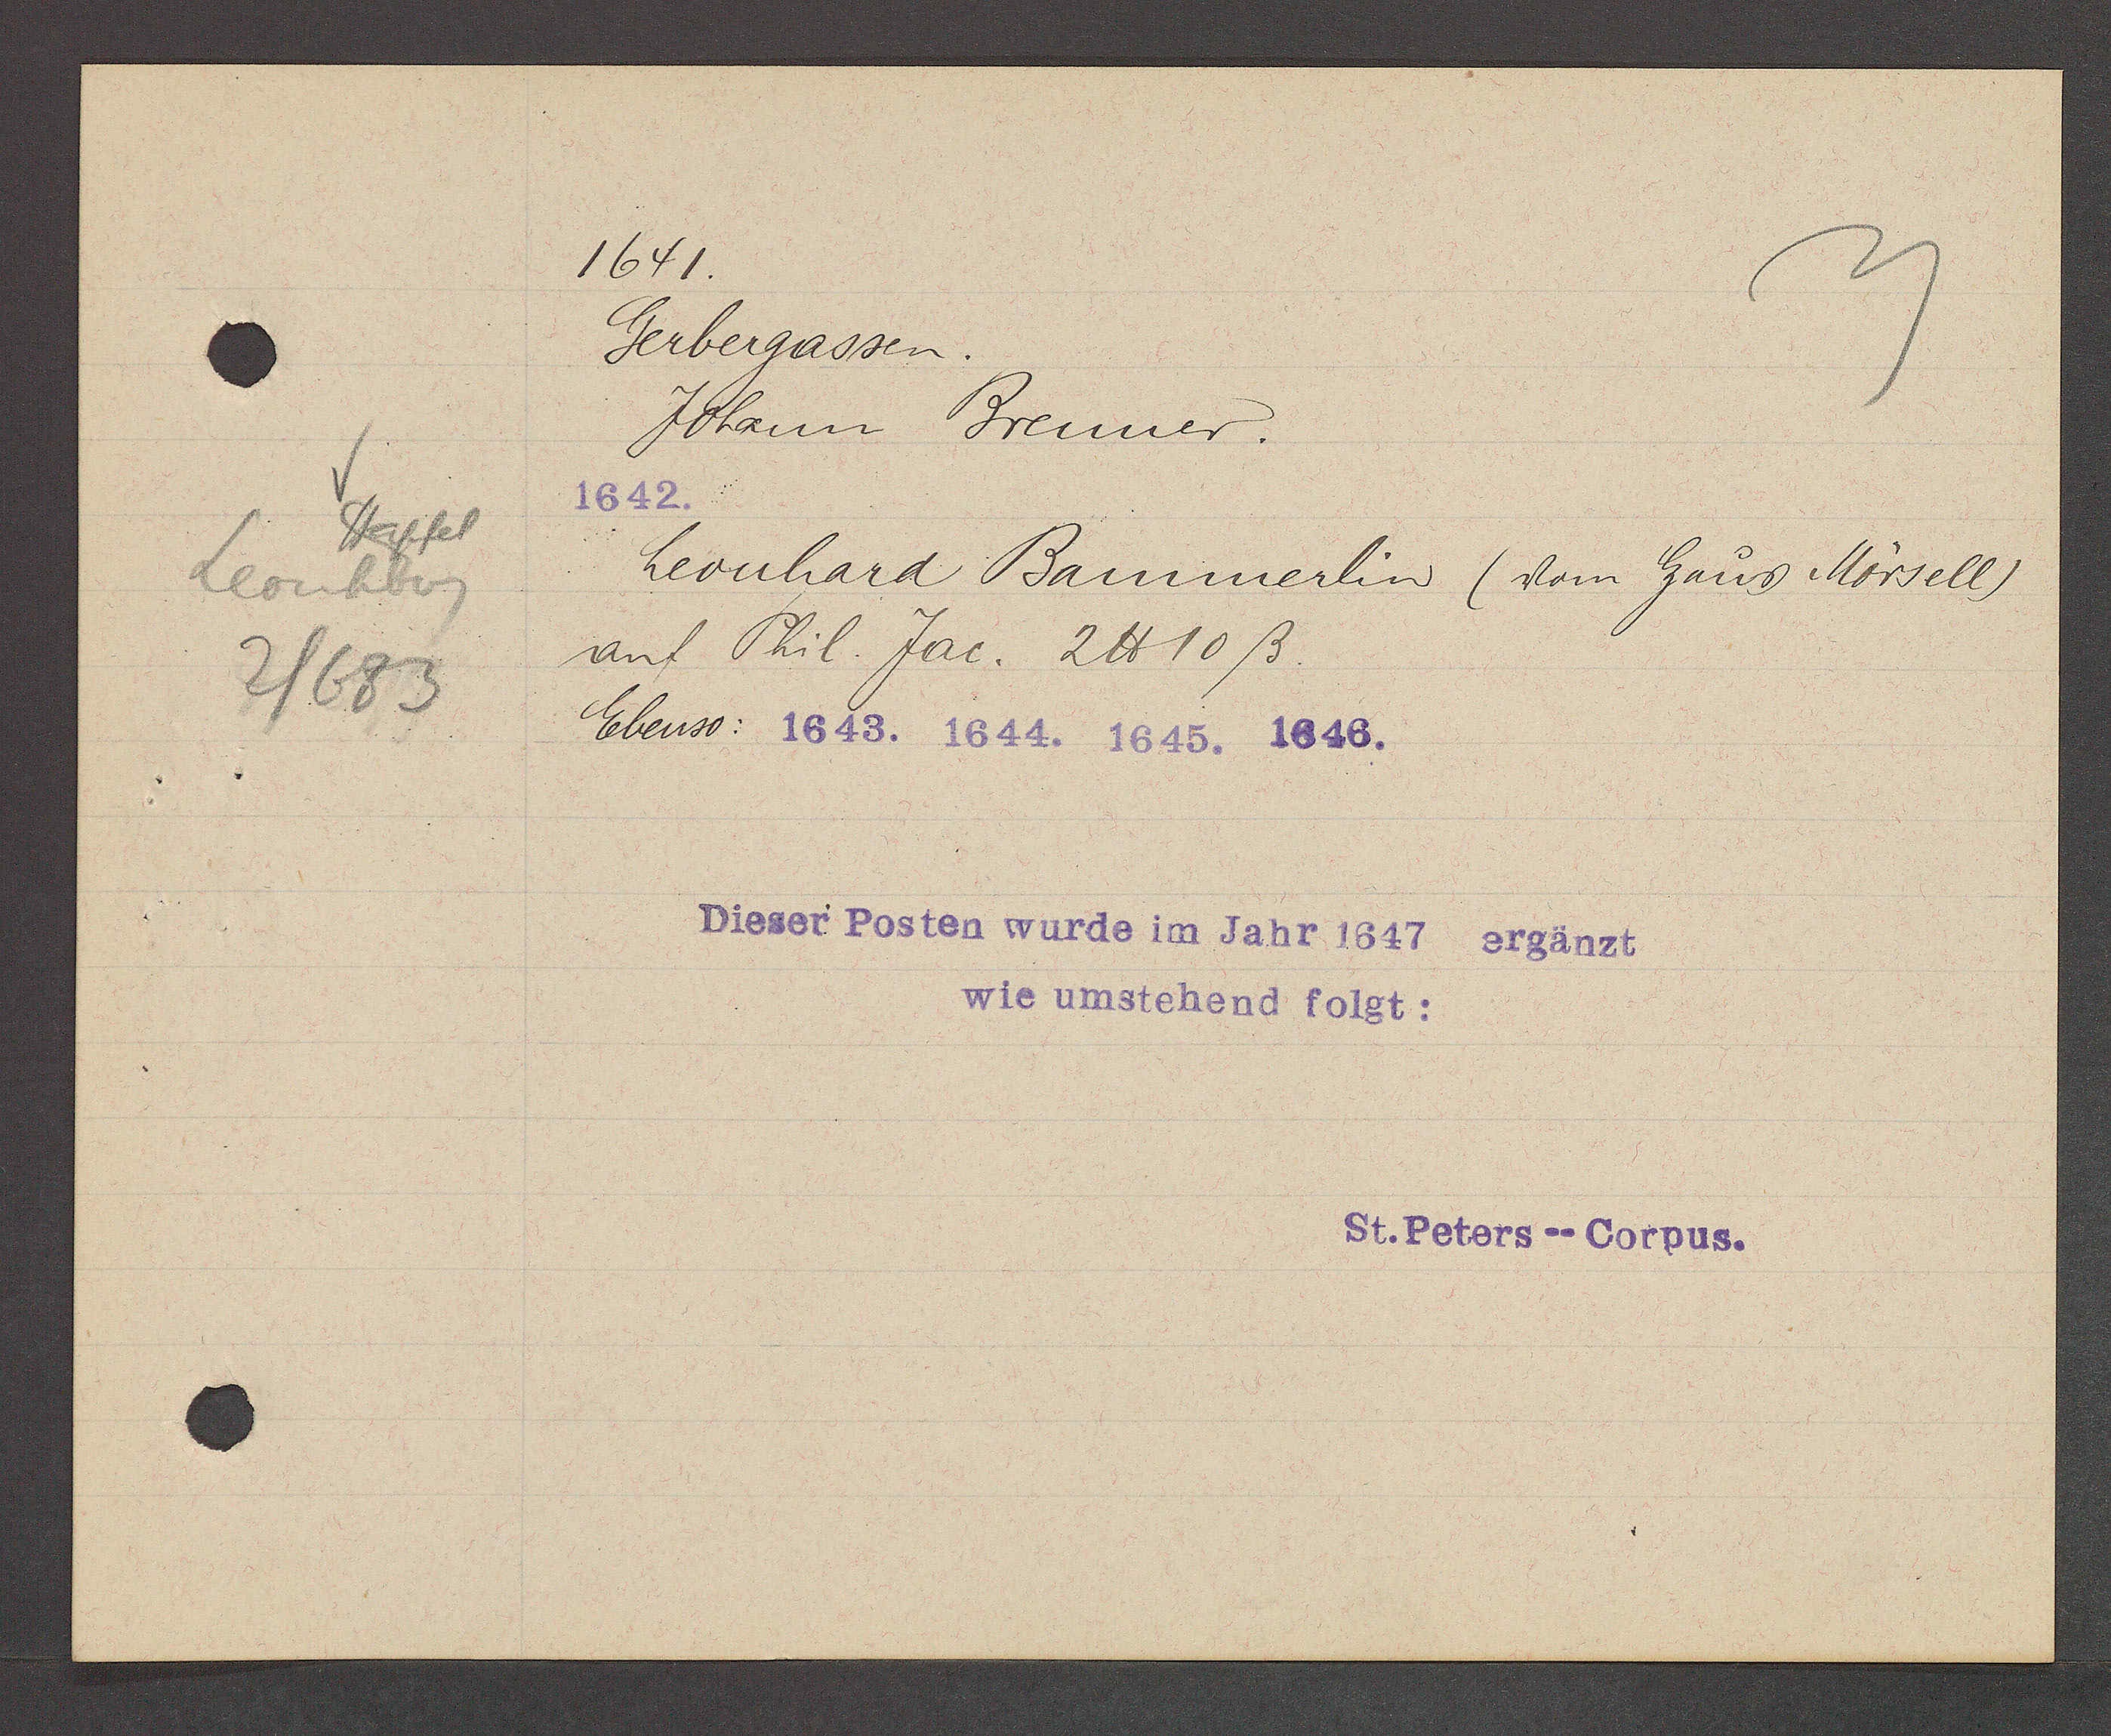
Transcript:
Stapfel
Leonhberg
2/683

1641.

Gerbergassen.
Johann Brenner.
1642.
Leonhard Bammerlin (vom Hauß Mörsell)
auf Phil. Jac. 2 ℔ 10 ß.
Ebenso: 1643. 1644. 1645. 1646.

Dieser Posten wurde im Jahr 1647 ergänzt
wie umstehend folgt:
St. Peters-- Corpus.